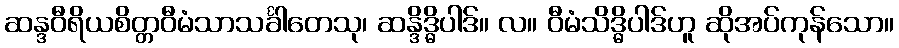
ဆန္ဒဝီရိယစိတ္တဝီမံသာသင်္ခါတေသု၊ ဆန္ဒိဒ္ဓိပါဒ်။ လ။ ဝီမံသိဒ္ဓိပါဒ်ဟူ ဆိုအပ်ကုန်သော။